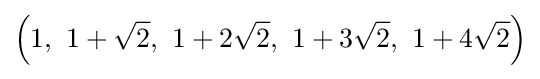
\left(1,\ 1+{\sqrt {2}},\ 1+2{\sqrt {2}},\ 1+3{\sqrt {2}},\ 1+4{\sqrt {2}}\right)